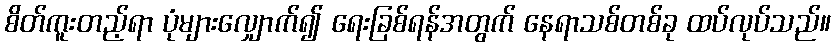
စိတ်ကူးတည့်ရာ ပုံများလျှောက်၍ ရေးခြစ်ရန်အတွက် နေရာသစ်တစ်ခု ထပ်လုပ်သည်။